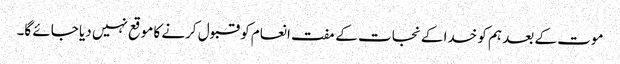
موت کے بعد ہم کو خدا کے نجات کے مفت انعام کو قبول کرنے کا موقع نہیں دیا جائے گا۔